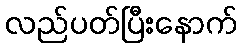
လည်ပတ်ပြီးနောက်